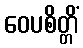
ဝေပစိတ္တိံ